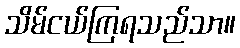
သိမ်ငယ်ကြရသည်သာ။